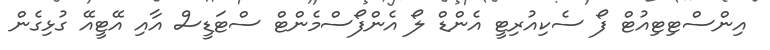
އިންސްޓިޓިއުޓް ފޯ ސެކިއުރިޓީ އެންޑް ލޯ އެންފޯސްމެންޓް ސްޓަޑީސް އާއި އޭޓީއޭ ގުޅިގެން